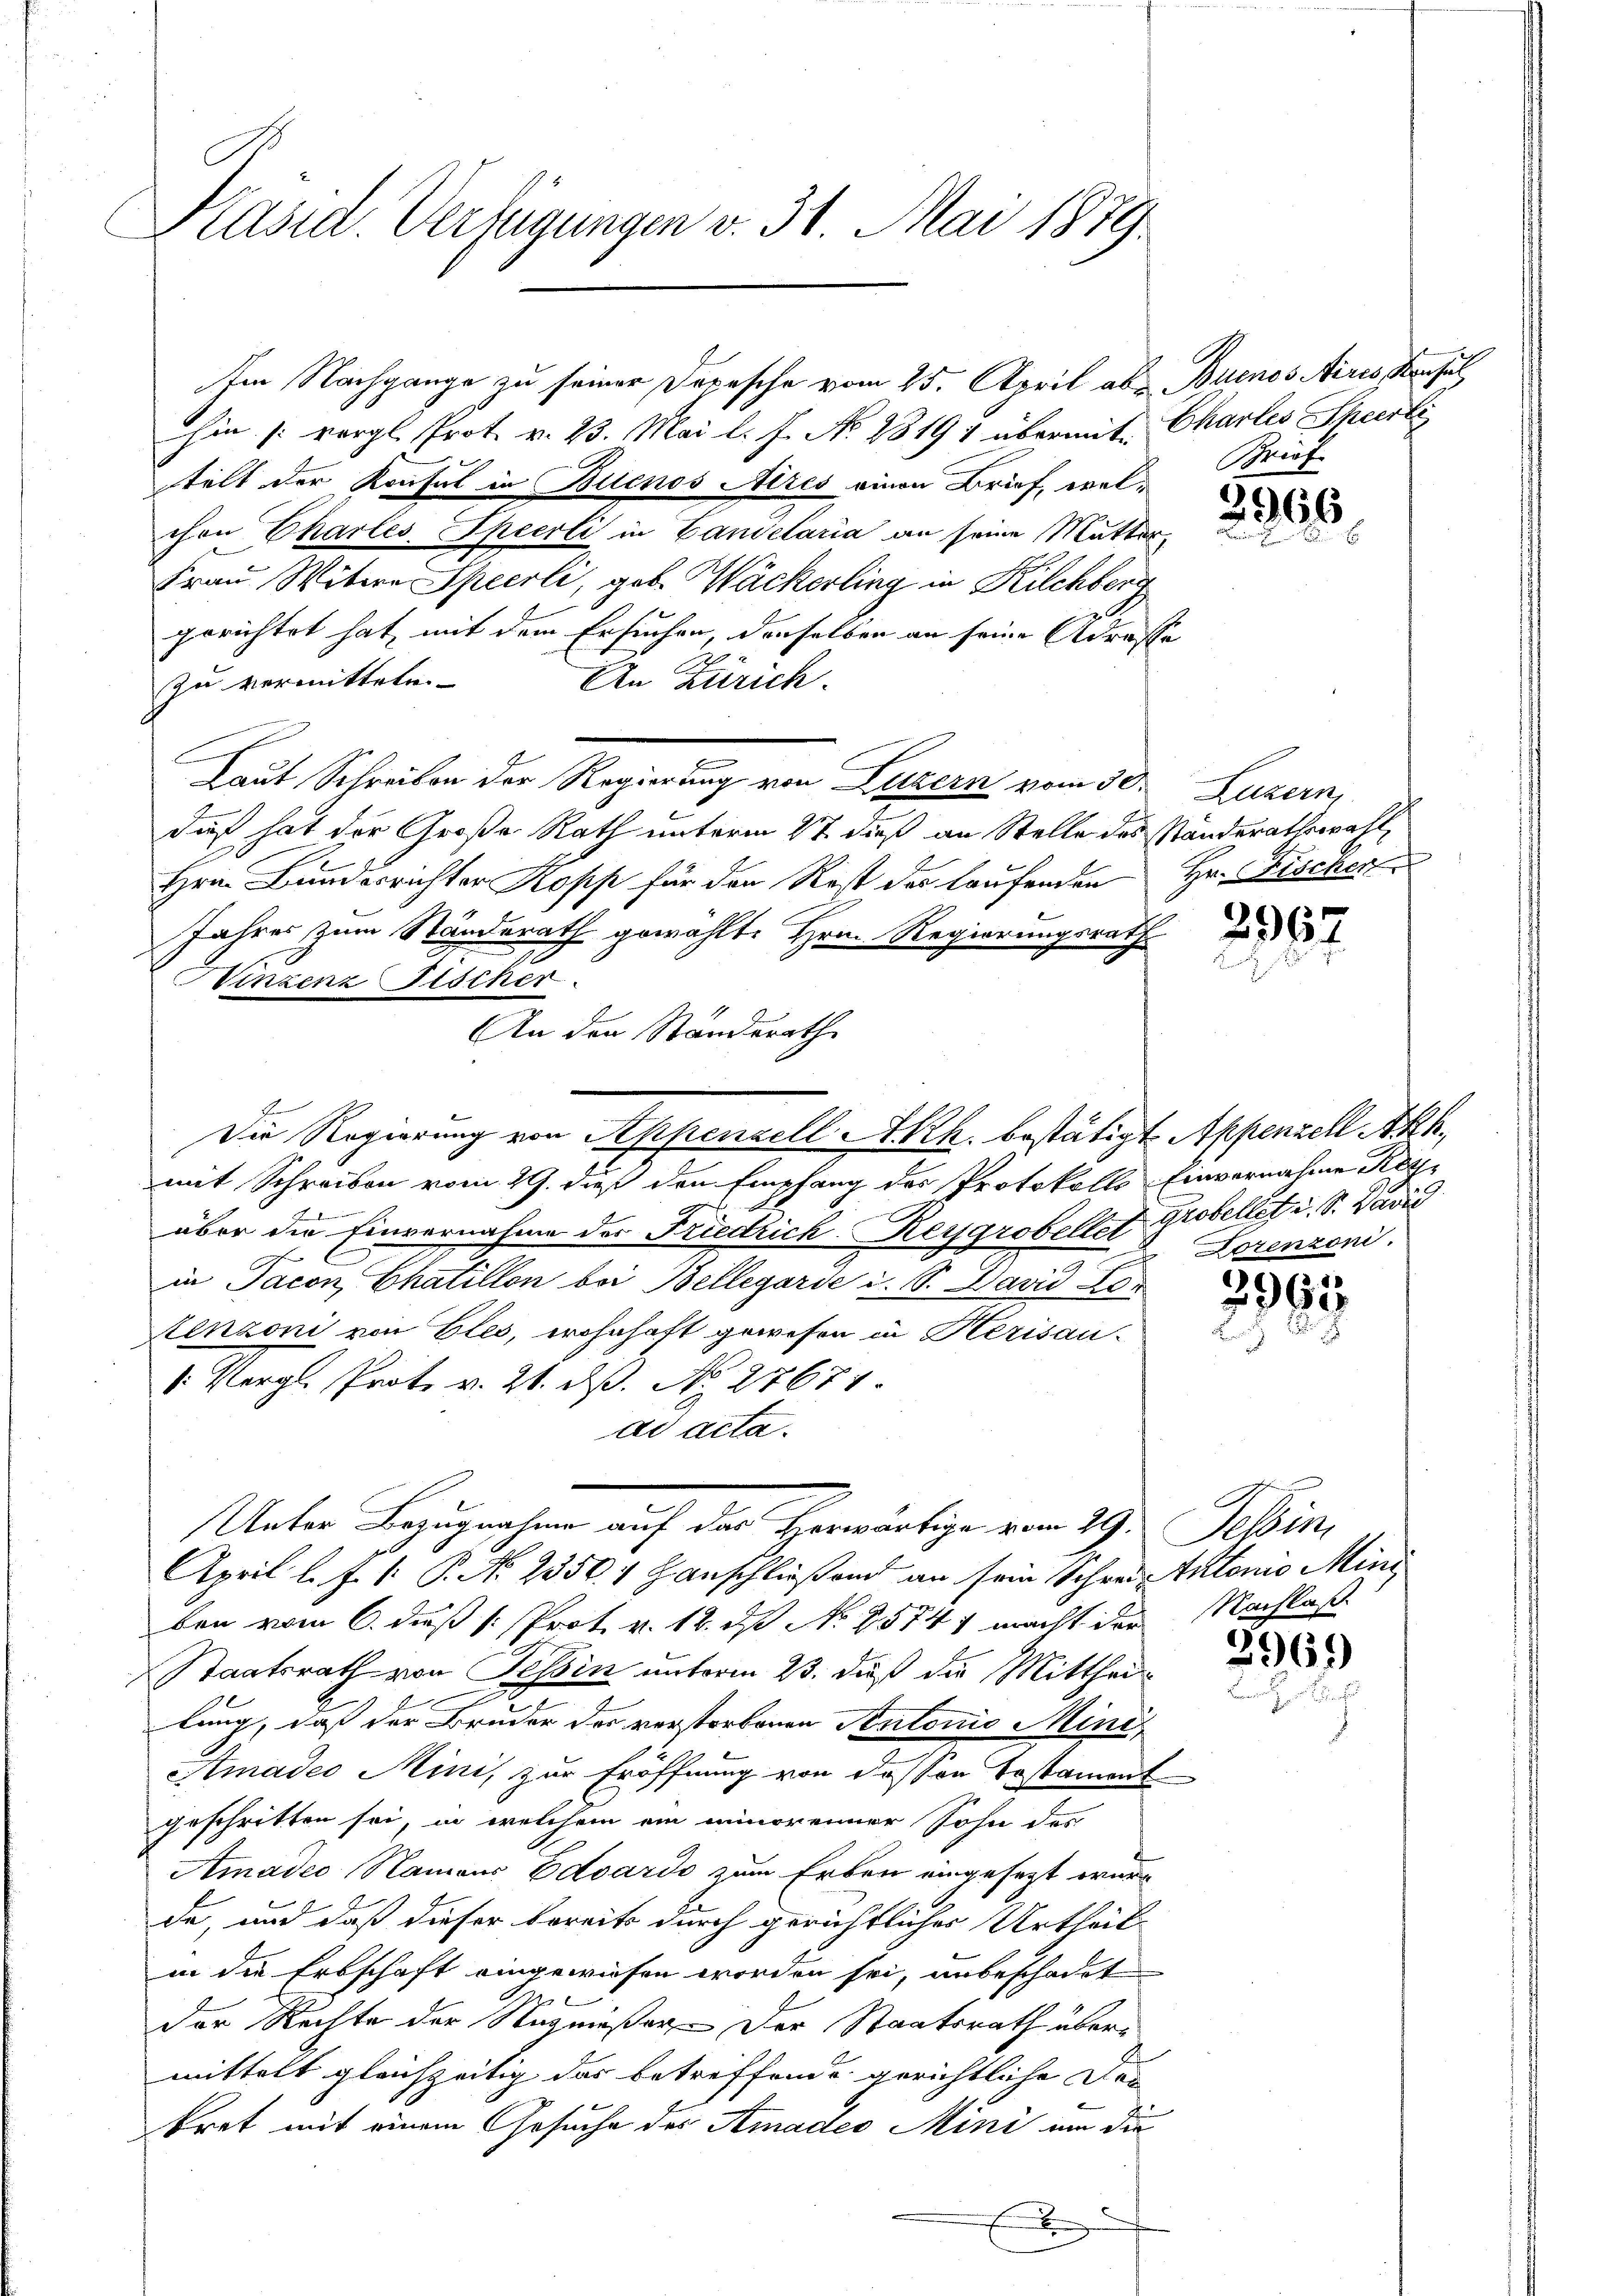
Käsid. Verfügungen v. 31. Mai 1879.

hin vergl. Prot. v. 23. Mai l. J. No. 2819 1 übermit Charlis Specrli
telt der Konsul in Buenos Aires einen Brief, welchen Charles, Specrli in Landelaria an seine Mutter-
Frau Witwe Specrli, geb. Wäckerling in Kilchberg
gerichtet hat, mit dem Ersuchen, denselben an seine Adresse
An Zürich.
zu vermitteln.
C
Laut Schreiben der Regierung von Luzern vom 30. Luzern,
daß hat der Große Rath unterm 2t dieß an Stelle des Standerathswahl
Hrn. Bunderrichter Kopp für den Rest des laufenden Hr. Fischer
Jahres zum Standerath gewählte Hrn. Regierungsrath
Vinzenz Fischer
An den Standerath
Die Regierung von Appenzell Akh. bestätigt Appenzell Akk
mit Schreiben vom 29. dieß den Empfang des Protokolls Einvernahme Kayüber die Einvernahme der Friedrich-Reygrobellet grobellet u. S. David
in Jacon Chaillon bei Bellegarde i. S. David For
Renzoni von Eles, wohnhaft gewesen in Herisau-
1. Vergl. Prot. v. 21. d. No 27671.
ad acta.
Unter Bezugnahme auf der Herwärtige vom 29. Selin,
April l. J. P. P. Nr. 2350, Hanschließend an sein Schrei Antonio Mini
ben vom 6. daß [Prot. v. 12. ds N. 25741 macht den Nachlaß
Staatsrath von Tessin unterm 23. daß die Mittheil
lung, daß der Bruder des verstorbenen Stutoris Mini¬
Amades Minis zur Eröffnung von dessen Testament
geschritten sei, in welchem ein minorenner Sohn des
Amadeo Namens Eduardo zum Erben eingesezt wurd
de, und daß dieser bereits durch gerichtlicher Urtheil-
in die Erbschaft eingewiesen worden sei, unbeschadet
7
der Rechte der Nazmeßer der Staatsrath übermittelt gleichzeitig das betreffende gerichtliche Dei
bret mit einem Gesuche des Amades Mini um die
e

Im Nachgange zu seiner Depesche vom 25. April ab Buenos Aires Konsul

Brief

2956.

2967

Lorenzoni

296
L.

2969)